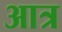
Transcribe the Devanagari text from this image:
आत्र